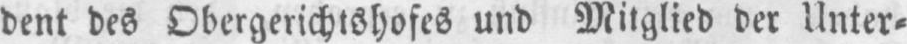
dent des Obergerichtshofes und Mitglied der Unter⸗